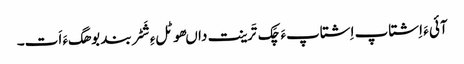
آئی ءَ اِشتاپ اِشتاپءَ چَک تَرینت داںھوٹلءِ شَٹربند بوھگءَ اَت۔